Civil Veterinary Department. United Provinces 1912-22 - 1912-1922
Year: 1912
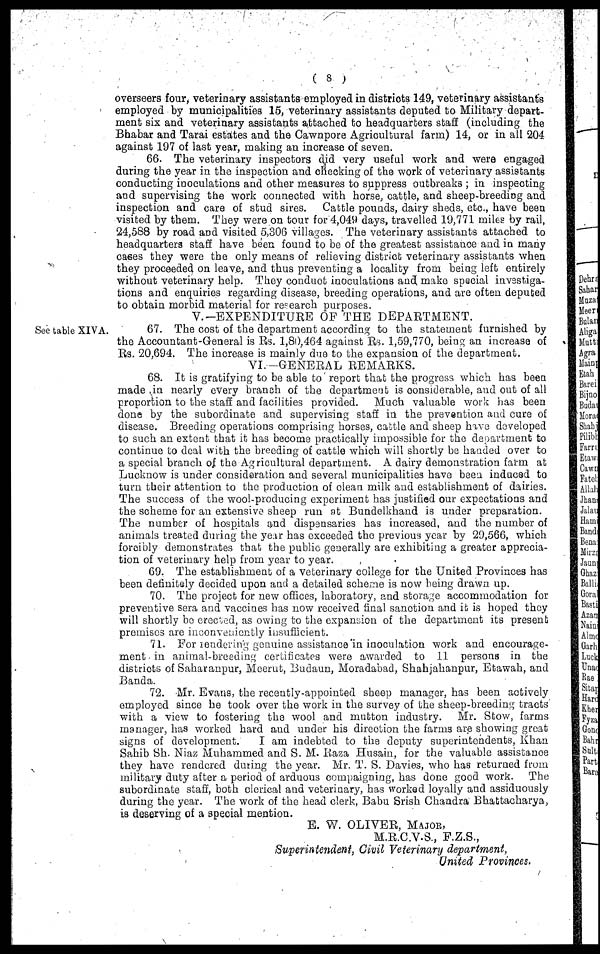
(8)
overseers four, veterinary assistants employed in districts 149, veterinary assistants
employed by municipalities 15, veterinary assistants deputed to Military depart-
ment six and veterinary assistants attached to headquarters staff (including the
Bhabar and Tarai estates and the Cawnpore Agricultural farm) 14, or in all 204
against 197 of last year, making an increase of seven.
66. The veterinary inspectors did very useful work and were engaged
during the year in the inspection and checking of the work of veterinary assistants
conducting inoculations and other measures to suppress outbreaks; in inspecting
and supervising the work connected with horse, cattle, and sheep-breeding and
inspection and care of stud sires.
Cattle pounds, dairy sheds, etc., have been
visited by them. They were on tour for 4,049 days, travelled 19,771 miles by rail,
24,588 by road and visited 5,306 villages. The veterinary assistants attached to
headquarters staff have been found to be of the greatest assistance and in many
cases they were the only means of relieving district veterinary assistants when
they proceeded on leave, and thus preventing a locality from being left ontirely
without veterinary help. They conduct inoculations and make special investiga-
tions and enquiries regarding disease, breeding operations, and are often deputed
to obtain morbid material for research purposes.
V.-EXPENDITURE OF THE DEPARTMENT.
See table XIVA.
67. The cost of the department according to the statement furnished by
the Accountant-General is Rs. 1,80,464 against Rs. 1,59,770, being an increase of
Rs. 20,694. The increase is mainly due to the expansion of the department.
VI.—GENERAL REMARKS.
68. It is gratifying to be able to report that the progress which has been
made in nearly every branch of the department is considerable, and out of all
proportion to the staff and facilities provided.
Much valuable work has been
done by the subordinate and supervising staff in the prevention and cure of
disease. Breeding operations comprising horses, cattle and sheep have developed
to such an extent that it has become practically impossible for the department to
continue to deal with the breeding of cattle which will shortly be handed over to
a special branch of the Agricultural department. A dairy demonstration farm at
Lucknow is under consideration and several municipalities have been induced to
turn their attention to the production of clean milk and establishment of dairies.
The success of the wool-producing experiment has justified our expectations and
the scheme for an extensive sheep run at Bundelkhand is under preparation.
The number of hospitals and dispensaries has increased, and the number of
animals treated during the year has exceeded the previous year by 29,566, which
forcibly demonstrates that the public generally are exhibiting a greater apprecia-
tion of veterinary help from year to year.
69. The establishment of a veterinary college for the United Provinces has
been definitely decided upon and a detailed scheme is now being drawn up.
70. The project for new offices, laboratory, and storage accommodation for
preventive sera and vaccines has now received final sanction and is is hoped they
will shortly be creeted, as owing to the expansion of the department its present
premises are inconveniently insuifficient.
71. For rendering genuine assistance in inoculation work and encourage-
ment in animal-breeding certiffcates were awarded to 11 persons in the
districts of Saharanpur, Meerut, Budaun, Moradabad, Shahjahanpur, Etawah, and
Banda.
72. Mr. Evans, the recently-appointed sheep manager, has been actively
employed since he took over the work in the survey of the sheep-breeding tracts
with a view to fostering the wool and mutton industry.
Mr. Stow, farms
manager, has worked hard and under his direction the farms are showing great
signs of development.
I am indebted to the deputy superintendents, Khan
Sahib Sh. Niaz Muhammed and S. M. Raza Husain, for the valuable assistance
they have rendered during the year. Mr. T. S. Davies, who has returned from
military duty after a period of arduous campaigning, has done good work.
The
subordinate staff, both clerical and veterinary, has worked loyally and assiduously
during the year. The work of the head clerk, Babu Srish Chandra Bhattacharya,
is deserving of a special mention.
E. W. OLIVER, MAJOR,
M.R.C.V.S., F.Z.S.,
Superintendent, Civil Veterinary
department,
United Provinces.